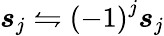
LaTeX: \boldsymbol{s}_{j}\leftrightharpoons\left(-1\right)^{j}\boldsymbol{s}_{j}